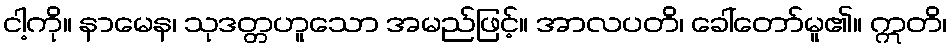
ငါ့ကို။ နာမေန၊ သုဒတ္တဟူသော အမည်ဖြင့်။ အာလပတိ၊ ခေါ်တော်မူ၏။ ဣတိ၊